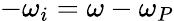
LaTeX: -\omega_{i}=\omega-\omega_{P}